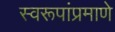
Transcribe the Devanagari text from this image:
स्वरूपांप्रमाणे